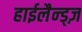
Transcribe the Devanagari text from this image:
हाईलैन्ड्ज़